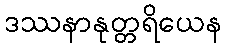
ဒဿနာနုတ္တရိယေန